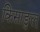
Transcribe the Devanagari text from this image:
किसाङुल्